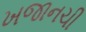
ખજાનચી